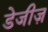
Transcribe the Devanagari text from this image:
डेजीज़